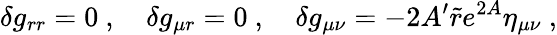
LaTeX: \delta g_{rr}=0\ ,\quad\delta g_{\mu r}=0\ ,\quad\delta g_{\mu\nu}=-2A^{\prime}\tilde{r}e^{2A}\eta_{\mu\nu}\ ,